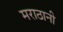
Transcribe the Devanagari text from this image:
मराठानी